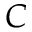
C